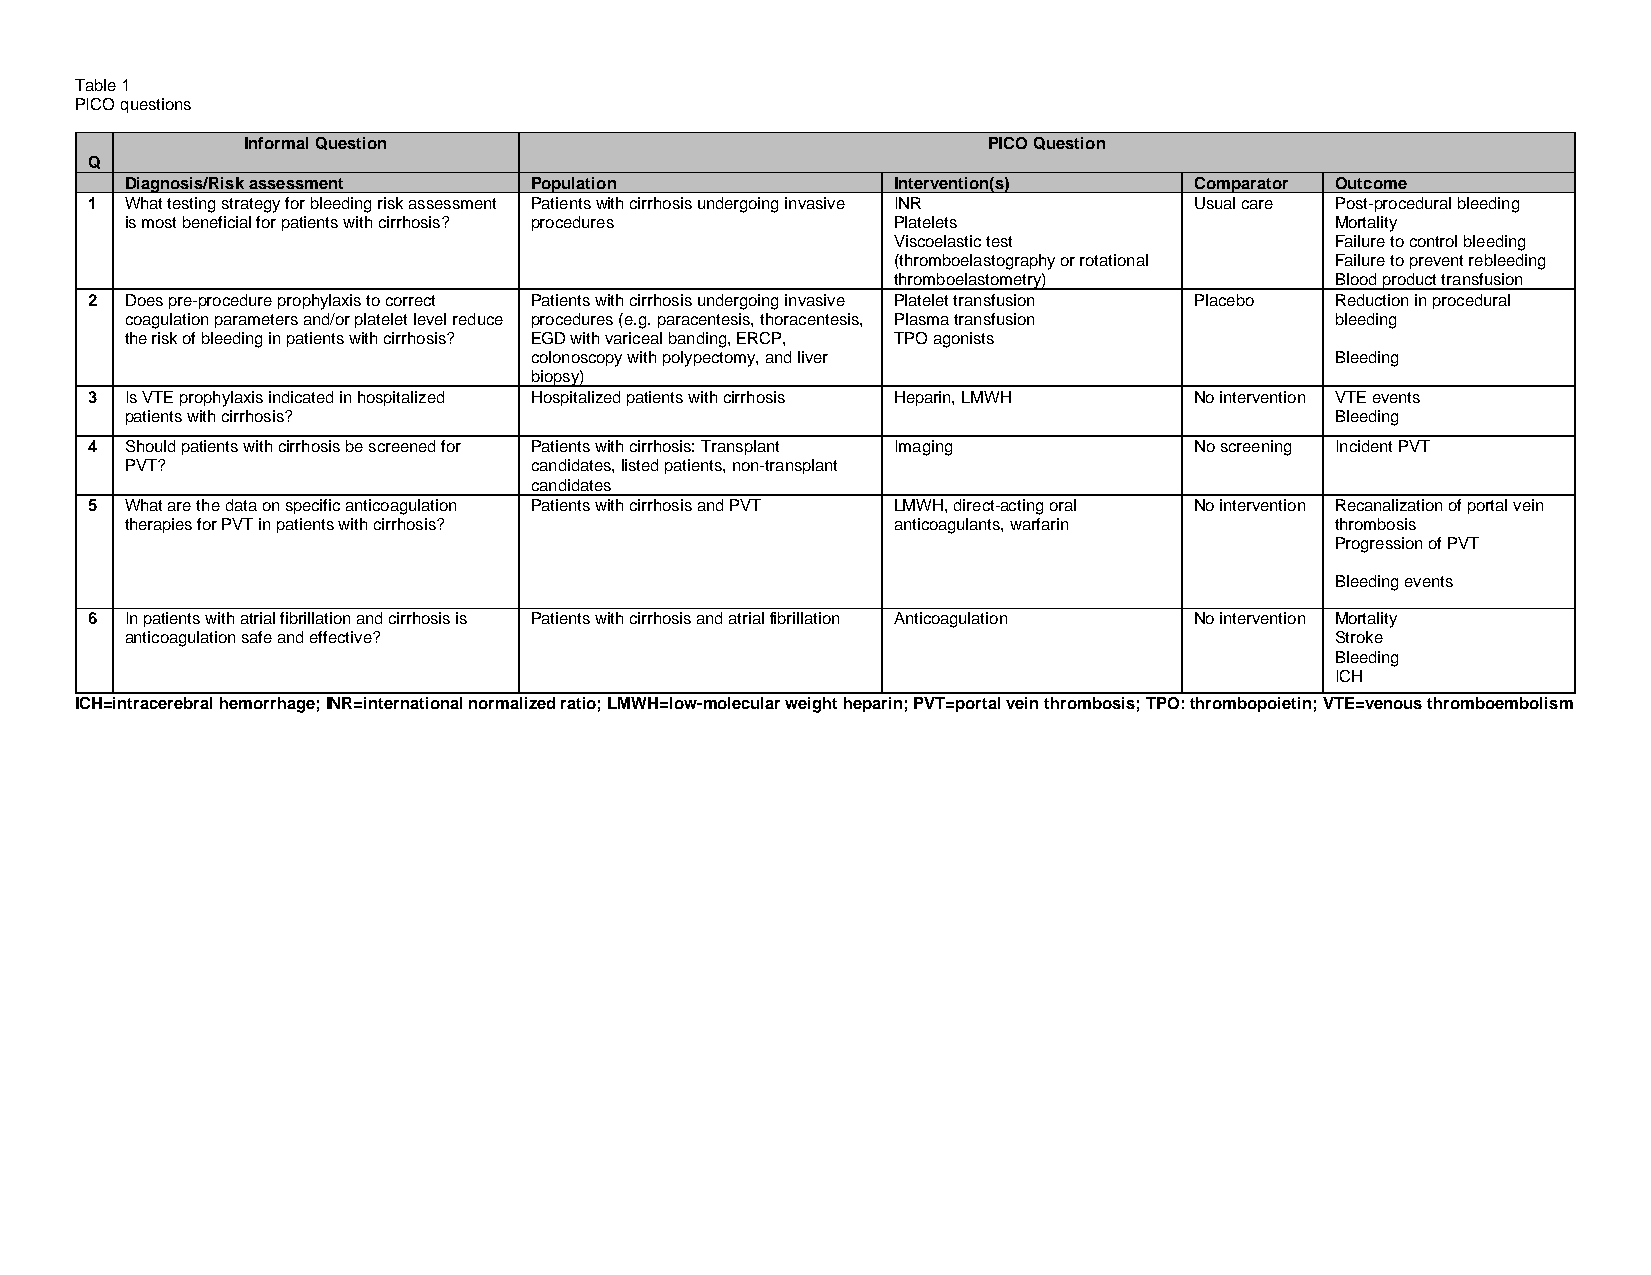
Table 1
 PICO questions
 Informal Question                                PICO Question
 Q
 Diagnosis/Risk assessment  Population              Intervention(s)     Comparator Outcome
 1 What testing strategy for bleeding risk assessment Patients with cirrhosis undergoing invasive INR Usual care Post-procedural bleeding
 is most beneficial for patients with cirrhosis? procedures Platelets            Mortality
 Viscoelastic test            Failure to control bleeding
 (thromboelastography or rotational Failure to prevent rebleeding
 thromboelastometry)          Blood product transfusion
 2 Does pre-procedure prophylaxis to correct Patients with cirrhosis undergoing invasive Platelet transfusion Placebo Reduction in procedural
 coagulation parameters and/or platelet level reduce procedures (e.g. paracentesis, thoracentesis, Plasma transfusion bleeding
 t he risk of bleeding in patients with cirrhosis? EGD with variceal banding, ERCP, TPO agonists
 colonoscopy with polypectomy, and liver              Bleeding
 biopsy)
 3 Is VTE prophylaxis indicated in hospitalized Hospitalized patients with cirrhosis Heparin, LMWH No intervention VTE events
 patients with cirrhosis?                                                        Bleeding
 4 Should patients with cirrhosis be screened for Patients with cirrhosis: Transplant Imaging No screening Incident PVT
 PVT?                       candidates, listed patients, non-transplant
 candidates
 5 What are the data on specific anticoagulation P atients with cirrhosis and PVT LMWH, direct-acting oral No intervention Recanalization of portal vein
 therapies for PVT in patients with cirrhosis?      anticoagulants, warfarin     thrombosis
 Progression of PVT
 B leeding events
 6 In patients with atrial fibrillation and cirrhosis is Patients with cirrhosis and atrial fibrillation Anticoagulation No intervention Mortality
 anticoagulation safe and effective?                                             Stroke
 Bleeding
 ICH
 ICH=intracerebral hemorrhage; INR=international normalized ratio; LMWH=low-molecular weight heparin; PVT=portal vein thrombosis; TPO: thrombopoietin; VTE=venous thromboembolism